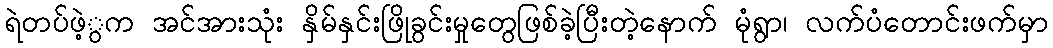
ရဲတပ်ဖဲ့ွက အင်အားသုံး နှိမ်နှင်းဖြိုခွင်းမှုတွေဖြစ်ခဲ့ပြီးတဲ့နောက် မုံရွာ၊ လက်ပံတောင်းဖက်မှာ